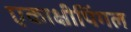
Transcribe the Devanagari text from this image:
एकाक्षीपिंगल